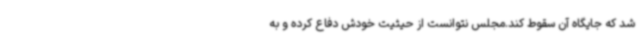
شد که جایگاه آن سقوط کند.مجلس نتوانست از حیثیت خودش دفاع کرده و به